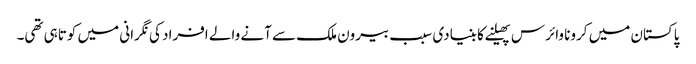
پاکستان میں کرونا وائرس پھیلنے کا بنیادی سبب بیرون ملک سے آنے والے افراد کی نگرانی میں کوتاہی تھی۔